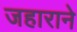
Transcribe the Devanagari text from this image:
जहाराने